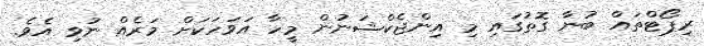
ރިޕޯޓްތައް ބުނާ ގޮތުގައި މި އިންޖެކްޝަނުން މީހާ އަވަހަކަށް މަރެއް ނުވި އެވެ.